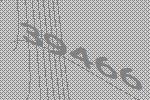
39466